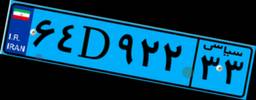
۹۱D۸۸۶۴۱